Annual report of the Civil Veterinary Department, Bengal, for the year 1897-98 - 1897-1898
Year: 1897
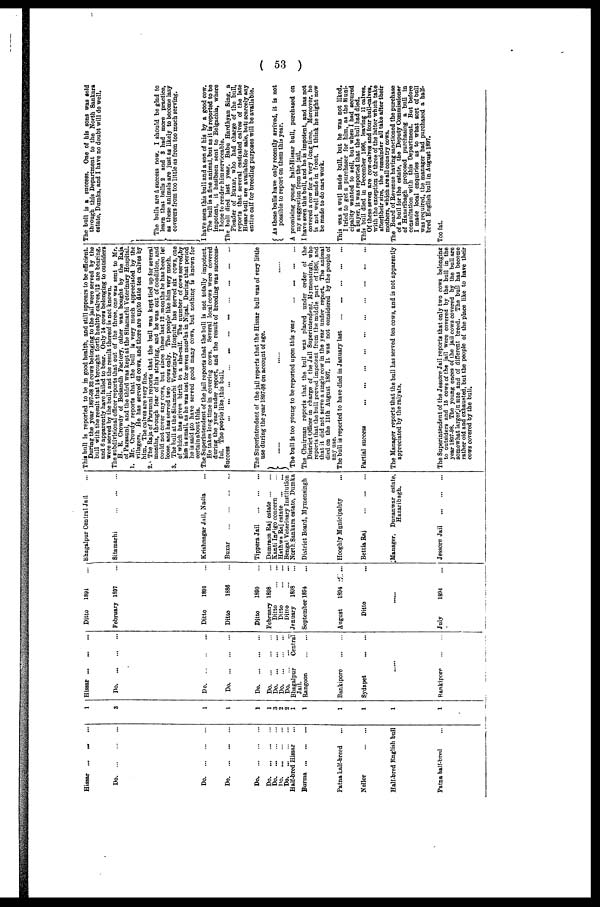
( 53 )
Hissar ...
...
...
Do
...
...
...
Do
...
...
...
Do
...
...
...
Do
...
...
...
Do
...
...
...
Do
...
...
...
Do. ... ... ...
Do
...
...
...
Half-bred Hissar ...
Burma
...
...
...
Patna half-breed ...
Nellor
...
...
Half-bred English bull
Patna half-bred ...
1
3
1
1
1
1
3
2
2 1
1
1
1
1
1
Hissar ... ... ...
Do
...
...
...
Do
...
...
...
Do. ... ... ...
Do ... ... ...
Do ... ... ...
Do
...
...
...
Do
...
...
...
Do
...
...
...
Bhagalpur
Central
Jail.
Rangoon
...
...
Bankiporo
...
...
Sydapet... ...
......
Bankipore
...
...
Ditto
1891
...
February 1897 ...
Ditto
1891 ...
Ditto
1886 ...
Ditto
1890 ...
February 1898 ...
Ditto
...
...
Ditto
...
...
Ditto
...
...
January 1898 ...
September 1894 ...
August
1894 ...
Ditto ...
......
July
1894 ...
Bhagalpur Central Jail ...
Sitamarhi
...
...
...
Krishnagar Jail, Nadia ...
Buxar...
...
...
...
Tippera Jail ... ... ...
Dumraon Raj
estate... ...
Kanti Indigo concern ...
Hathwa Raj estate
...
...
Bengal Veterinary Institution
North Sankara estate, Dumka
District Board, Mymensingh
Hooghly Municipality ...
Bettia Raj
...
...
...
Manager, Dunanwar estate,
Hazaribagh.
Jessore Jail ... ... ...
This bull is reported to be in good health, and still appears to be efficient.
During the year 1897-98 32 cows belonging to the jail were served by the
bull with the result that 14 brought forth healthy calves, 112 are bearing,
and 6 apparently have failed to bear. Only 14 cows belonging to outsiders
were served by the bull, and the result thereof is not known.
The subdivisional officer reports that out of the three, one was sent to Mr,
H. E. Crowdy of Belsandh Factory, other was bought by the Raja
of Parsauni, and the third was kept at the Sitamarhi Veterinary Hospital.
1. Mr. Crowdy reports that the bull is very much appreciated by the
villagers. He has served 42 cows, and there are uplto date ten calves by
him. The calves are very fine.
2. The Raja of Parsunni reports that the bull was kept tied up for several
months, through fear of his straying, and he was out of condition, and
could not cover any cows, but since these last 12 .months he has been let
loose, and has served two cows only. The people like him very much.
3. The bull at the Sitamarhi Veterinary Hospital has served six cows, one
of which has given birth to a she-calf. The number of cows served, by
him is Small, as he was lost for seven months in Nipal. During that period
he is said to have served good many cows, but nothing is known for
certain about this.
The Superintendent of the jail reports that the bull is not totally impotent.
He takes long time in covering cows. Several local cows were covered
during the year under report, and the result of breeding was succeess-
ful. The people like this bull.
Success ... ... ... ... ... ... ... ... ... ... ...
The Superintendent of the jail reports that the Hissar bull was of very little
use during the year 1897-98 on account of age.
.... .... ....
The bull is too young to be reported upon this year ... ... ... ...
The Chairman reports that the bull was placed under order of the
District Officer in charge of the Jail Superintendent, Mymensingh, who
reports that the bull proved impotent from the middle part of 1896, and
that it did not serve a single cow in the year under report. The animal
died on the 11th August 1897. It was not considered by the people of
any use.
The bull is reported to have died in January last ... ... ... ... ...
Partial success ... ... ... ... ... ... ... ... ... ...
The Manager reports that the bull has served ten cows, and is not apparently
appreciated by the raiyats.
The Superintendent of the Jessore Jail reports that only two cows belonging
to outsiders and 15 cows of the jail were covered by the bull in the
year 1897-98. The young onces of the jail cows covered by the bull are
somewhat Iarger in size and of different breed. The bull has become
rather old and exhausted, but the people of the place like to have their
cows covered by the bull.
The bull is a success. One of bis sons was sold
through this Department to the North Sankara
estate, Damka, and I have no doubt will do well.
The bulls are a success now. I should be glad to
learn that bulls 2 and 3 had more practice,
as these animals are just as likely to become lazy
Coverers from too little as from too much serving.
I have seen this bull and a son of his by a good cow.
The bull is a fine animal, but as it is reported to be
impotent, it baslbeen sent to Belgachia, where
I hope to render him serviceable.
The bull died last year. Babu Hardhyan Sing, a
Pleader of Buxar, who had charge of the bull,
reports that several castrated calves of the late
Hissar bull are available for sale, butl scarcely any
entire calf for breeding purposes will be available.
As these bulls have only recently arrived, it is not
possible to report on them this year.
A promising young balf-Hissar bull, purchased on
my suggestion from the jail.
I have seen this bull, and he is impotent, and has not
covered a cow for a very long time. Moreover, he
is not well made in front. I think he might now
be made to do cart work.
This was a well made bull, but he was not liked.
I tried to get a purchaser for him, as the Muni-
cipality wanted to sell, but when I had secured
a buyer, it was reported that the bull had died.
This bull died in December 1896, leaving 11 calves.
Of these seven are cow-calves and four bull-calves,
with the exception of three of the latter which take
after their sire, the remainder all take after their
mothers, which are all country cows.
The Board of Revenue having sanctioned the purchase
of a bull for the estate, the Deputy Commissioner
of Hazaribagh proposed purchasing a bull in
consultation with this Department. But before
I made local enquiries as to what sort of bull
was required, the manager had purchased a half-
bred English bull in August 1897.
Too fat.